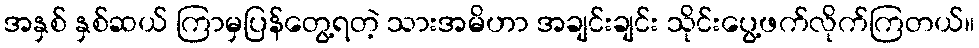
အနှစ် နှစ်ဆယ် ကြာမှပြန်တွေ့ရတဲ့ သားအမိဟာ အချင်းချင်း သိုင်းပွေ့ဖက်လိုက်ကြတယ်။